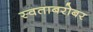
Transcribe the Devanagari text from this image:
स्वताबरोबर